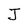
Character: J